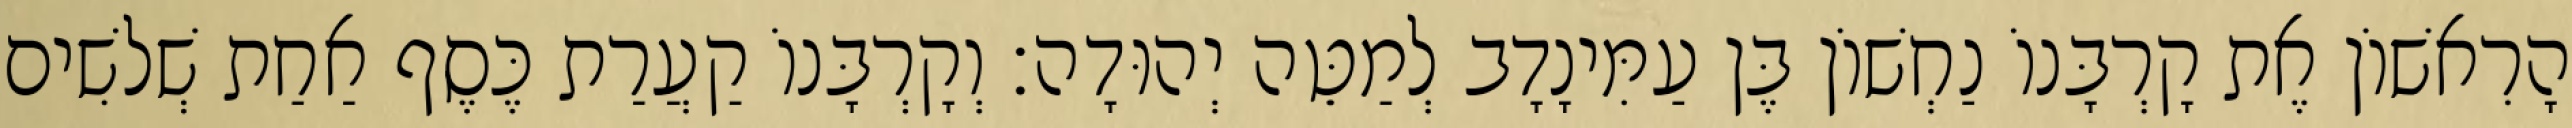
הָרִאשׁוֹן אֶת קָרְבָּנוֹ נַחְשׁוֹן בֶּן עַמִּינָדָב לְמַטֵּה יְהוּדָה׃ וְקָרְבָּנוֹ קַעֲרַת כֶּסֶף אַחַת שְׁלשִׁים